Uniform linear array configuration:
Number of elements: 8
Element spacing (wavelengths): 0.5
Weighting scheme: kaiser
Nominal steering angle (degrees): -60
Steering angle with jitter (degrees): -61.548
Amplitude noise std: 0.05
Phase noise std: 0.05

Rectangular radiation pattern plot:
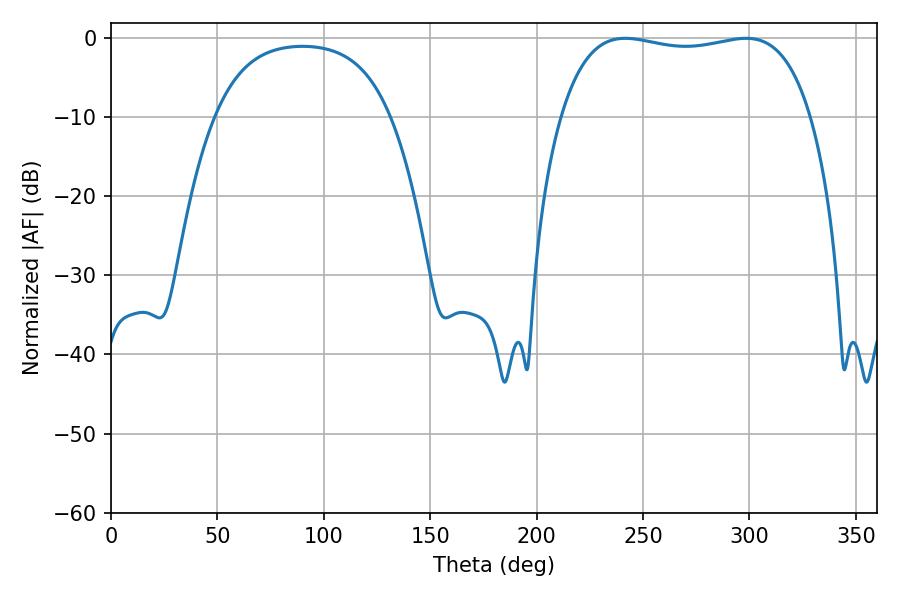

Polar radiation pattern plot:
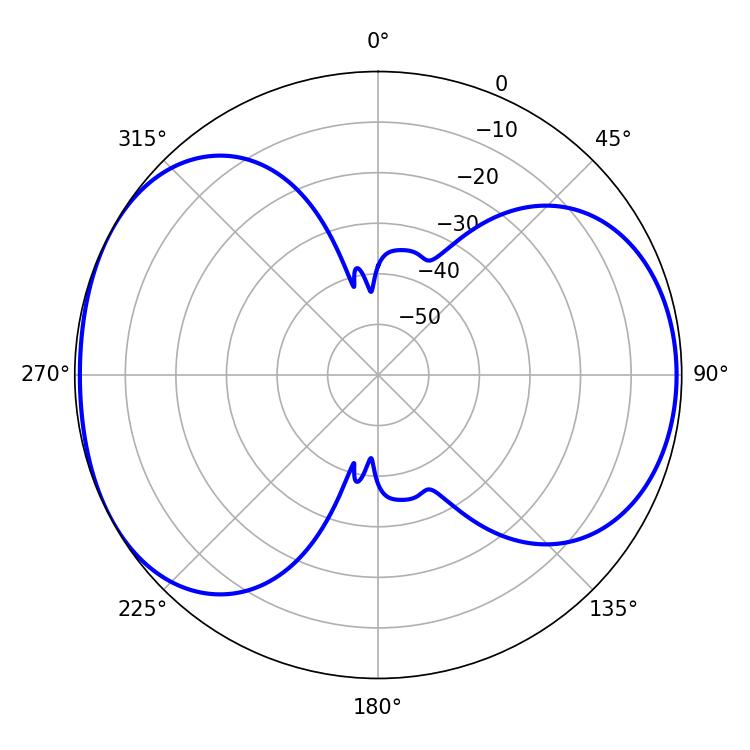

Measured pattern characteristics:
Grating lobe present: FALSE
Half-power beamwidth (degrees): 94.68
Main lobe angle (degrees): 241.56